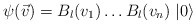
\begin{align*}\psi(\vec{v})=B_{l}(v_1)\ldots B_{l}(v_n)\;|0\rangle\end{align*}